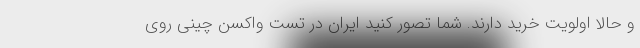
و حالا اولویت خرید دارند. شما تصور کنید ایران در تست واکسن چینی روی